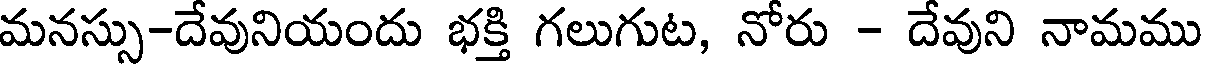
మనస్సు-దేవునియందు భక్తి గలుగుట, నోరు - దేవుని నామము